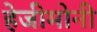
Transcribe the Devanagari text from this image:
हेजीमोनी